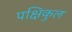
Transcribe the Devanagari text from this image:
पक्षिकुल